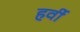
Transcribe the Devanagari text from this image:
हर्वी